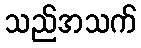
သည်အသက်